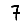
Digit: 7